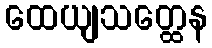
ထေယျသတ္ထေန